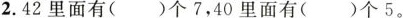
2.42里面有()个7，40里面有()个5。